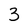
Character: 3